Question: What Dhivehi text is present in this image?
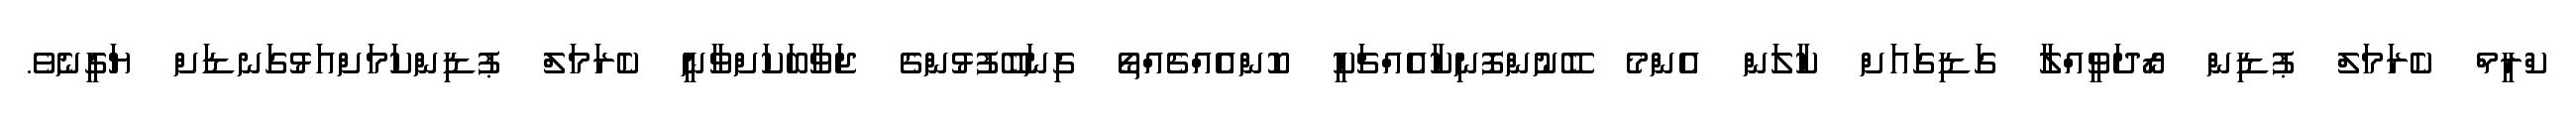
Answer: ކްރީމް ކެރަމަލް ޕުޑިން ރޯދަވީއްލާ ގަޑިގައަށް ކާލަން އެންމެ ބޭނުންފޮނިކާއެއްޗަކީ ކޮންއެއްޗެއްތޯ ގިނަބޭފުޅުންގެ ޖަވާބަކަށްވާނީ ކެރަމަލް ޕުޑިންކަމަށްއަޅުގަނޑަށް ޔަގީނެވެ.